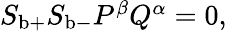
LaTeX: \begin{array}{r}{S_{\mathrm{b}+}S_{\mathrm{b}-}P^{\beta}Q^{\alpha}=0,}\end{array}